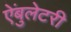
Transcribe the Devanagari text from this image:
ऐंबुलेटरी